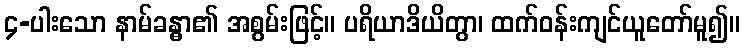
၄-ပါးသော နာမ်ခန္ဓာ၏ အစွမ်းဖြင့်။ ပရိယာဒိယိတွာ၊ ထက်ဝန်းကျင်ယူတော်မူ၍။